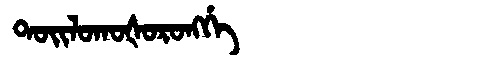
Manchu: ᡨᠣᡳᠯᠣᡴᠣᡧᠣᡵᠣᠩᡤᡝ
Romanization: TOILOKOŠORONGGE